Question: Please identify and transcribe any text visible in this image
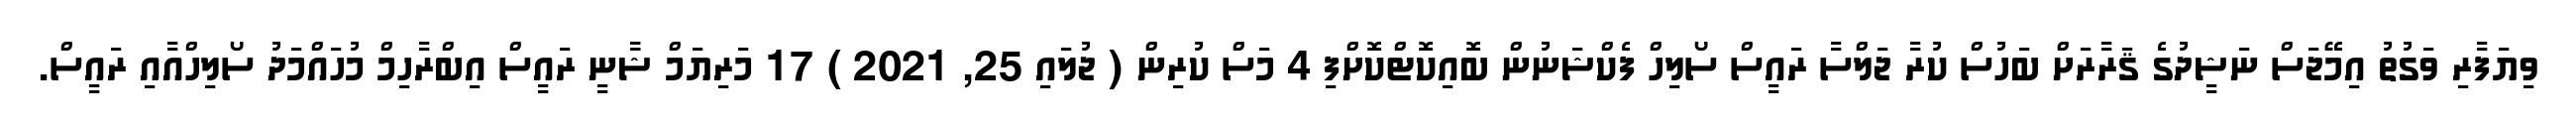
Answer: ވިޔަފާރި ވަގުތު އިމޭޖަސް ނަޝީދުގެ ޤަރާރަށް ބަހުސް ކުރާ ޖަލްސާ ރައީސް ސޯލިހް ފެކްޝަނުން ބޮއިކޮޓްކޮށްފި 4 މަސް ކުރިން ( ޖުލައި 25, 2021 ) 17 މަރިޔަމް ޝާާނީ ރައީސް އިބްރާހިމް މުހައްމަދު ސޯލިހްއާއި ރައީސް.